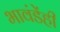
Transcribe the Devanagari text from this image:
भावंडेंही